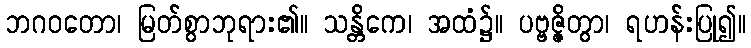
ဘဂဝတော၊ မြတ်စွာဘုရား၏။ သန္တိကေ၊ အထံ၌။ ပဗ္ဗဇ္ဇိတွာ၊ ရဟန်းပြု၍။